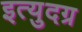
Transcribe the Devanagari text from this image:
इत्युदग्र